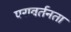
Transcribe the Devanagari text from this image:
परावर्तनता